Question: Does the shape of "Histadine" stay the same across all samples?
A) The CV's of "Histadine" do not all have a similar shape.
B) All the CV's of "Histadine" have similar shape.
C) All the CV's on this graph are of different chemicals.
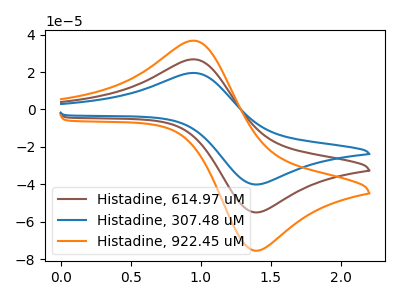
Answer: <think>The brown curve "Histadine, 614.97 uM" has an anodic peak at (0.95V, 26.80uA) and a cathodic peak at (1.35V, -54.80uA). The blue curve "Histadine, 307.48 uM" has an anodic peak at (0.95V, 19.50uA) and a cathodic peak at (1.35V, -39.95uA). The orange curve "Histadine, 922.45 uM" has an anodic peak at (0.95V, 53.55uA) and a cathodic peak at (1.35V, -109.55uA).
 All the peaks in "Histadine, 614.97 uM" have a peak in "Histadine, 307.48 uM" at the same potential. Every peak in "Histadine, 614.97 uM" is higher than every peak in "Histadine, 307.48 uM". All the peaks in "Histadine, 614.97 uM" have a peak in "Histadine, 922.45 uM" at the same potential. Every peak in "Histadine, 614.97 uM" is lower than every peak in "Histadine, 922.45 uM". All the peaks in "Histadine, 307.48 uM" have a peak in "Histadine, 922.45 uM" at the same potential. Every peak in "Histadine, 307.48 uM" is lower than every peak in "Histadine, 922.45 uM".</think>
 <answer>B) All the CV's of "Histadine" have similar shape.</answer>
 <eval>B</eval>